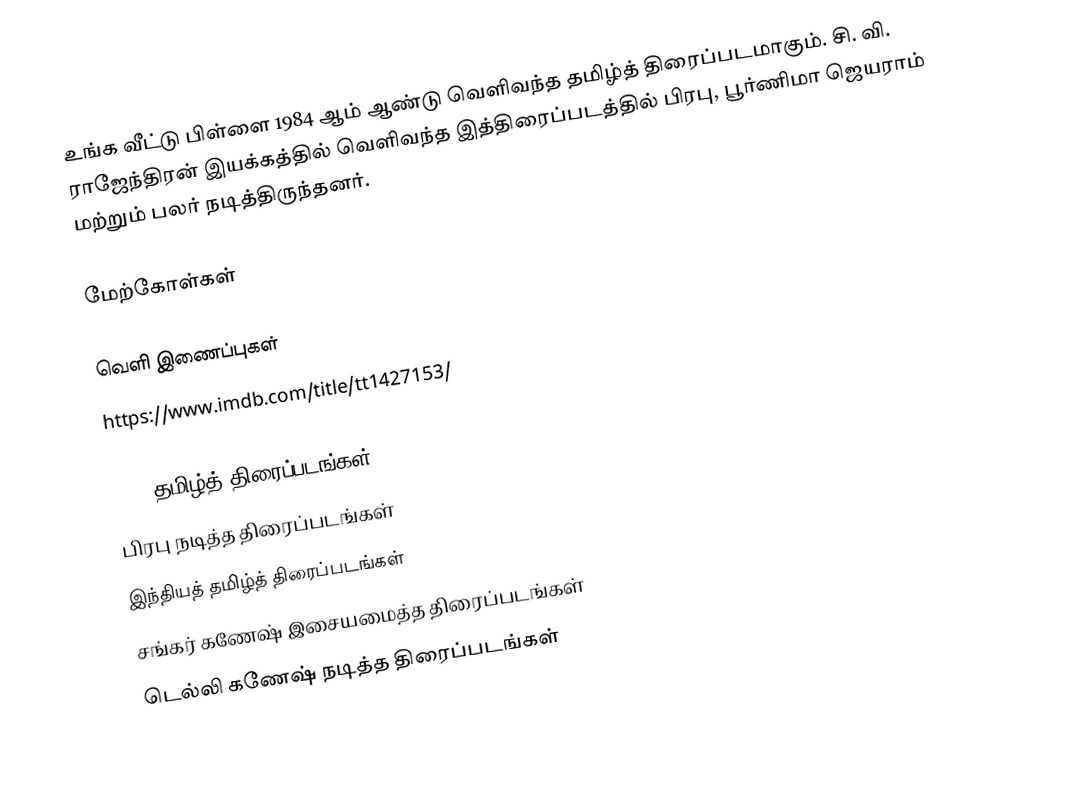
உங்க வீட்டு பிள்ளை 1984 ஆம் ஆண்டு வெளிவந்த தமிழ்த் திரைப்படமாகும். சி. வி. ராஜேந்திரன் இயக்கத்தில் வெளிவந்த இத்திரைப்படத்தில் பிரபு, பூர்ணிமா ஜெயராம் மற்றும் பலர் நடித்திருந்தனர்.

மேற்கோள்கள்

வெளி இணைப்புகள்
 https://www.imdb.com/title/tt1427153/

1984 தமிழ்த் திரைப்படங்கள்
பிரபு நடித்த திரைப்படங்கள்
இந்தியத் தமிழ்த் திரைப்படங்கள்
சங்கர் கணேஷ் இசையமைத்த திரைப்படங்கள்
டெல்லி கணேஷ் நடித்த திரைப்படங்கள்